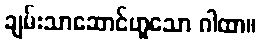
ချမ်းသာဆောင်ဟူသော ဂါထာ။